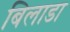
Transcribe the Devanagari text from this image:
बिलाडा